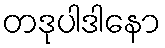
တဒုပါဒါနော